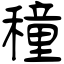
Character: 穜